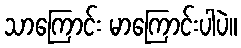
သာကြောင်း မာကြောင်းပါပဲ။